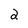
Character: 2